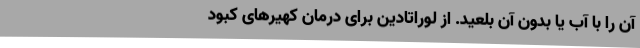
آن را با آب یا بدون آن بلعید. از لوراتادین برای درمان کهیرهای کبود